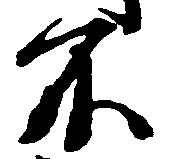
不